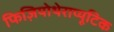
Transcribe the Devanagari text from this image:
फिज़ियोथेराप्यूटिक